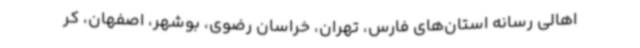
اهالی رسانه استان‌های فارس، تهران، خراسان رضوی، بوشهر، اصفهان، کر